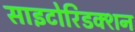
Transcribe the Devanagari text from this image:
साइटोरिडक्शन